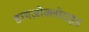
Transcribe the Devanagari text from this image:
डायज़ोक्लोराइड